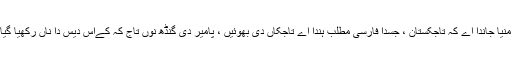
اجیہا منیا جاندا اے کہ تاجکستان ، جسدا فارسی مطلب ہندا اے تاجکاں دی بھوئیں ، پامیر دی گنڈھ نوں تاج کہ کےاس دیس دا ناں رکھیا گیا اے ۔